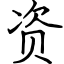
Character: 资